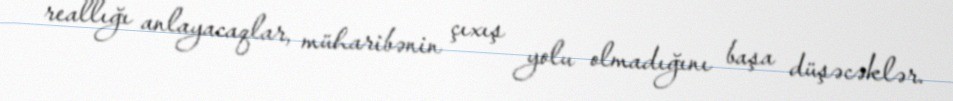
reallığı anlayacaqlar, müharibənin çıxış yolu olmadığını başa düşəcəklər.